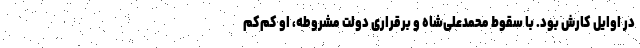
در اوایل کارش بود. با سقوط محمدعلی‌شاه و برقراری دولت مشروطه، او کم‌کم